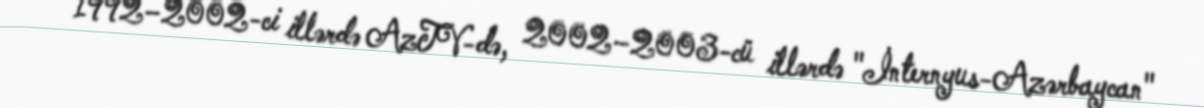
1992–2002-ci illərdə AzTV-də, 2002–2003-cü illərdə "İnternyus-Azərbaycan"